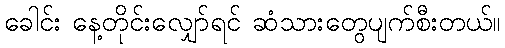
ခေါင်း နေ့တိုင်းလျှော်ရင် ဆံသားတွေပျက်စီးတယ်။